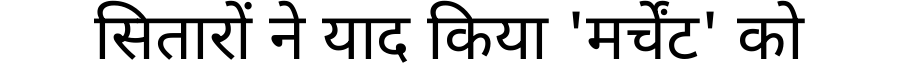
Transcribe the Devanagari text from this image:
सितारों ने याद किया 'मर्चेंट' को